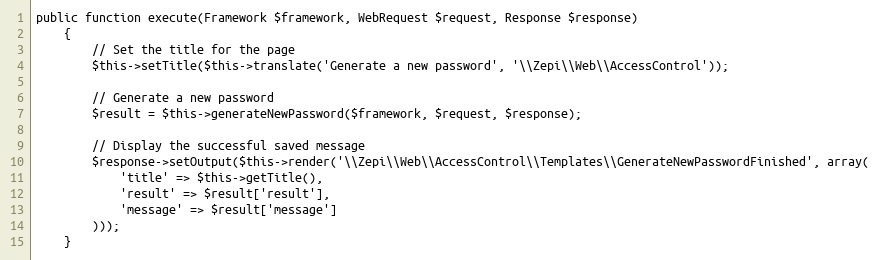
Language: PHP
public function execute(Framework $framework, WebRequest $request, Response $response)
    {
        // Set the title for the page
        $this->setTitle($this->translate('Generate a new password', '\\Zepi\\Web\\AccessControl'));

        // Generate a new password
        $result = $this->generateNewPassword($framework, $request, $response);

        // Display the successful saved message
        $response->setOutput($this->render('\\Zepi\\Web\\AccessControl\\Templates\\GenerateNewPasswordFinished', array(
            'title' => $this->getTitle(),
            'result' => $result['result'],
            'message' => $result['message']
        )));
    }